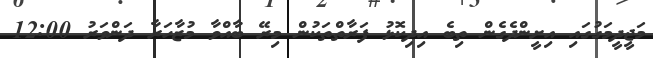
މަޖީދީމަގުގައި އިށީންދެގެން ތިބެ އިދިކޮޅު ފަރާތްތަކުން މިރޭ ބާއްވާ މުޒާހަރާ ދަންވަރު 12:00